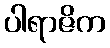
ပါရာဇိက